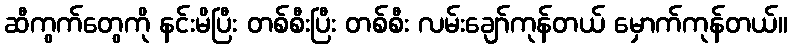
ဆီကွက်တွေကို နင်းမိပြီး တစ်စီးပြီး တစ်စီး လမ်းချော်ကုန်တယ် မှောက်ကုန်တယ်။